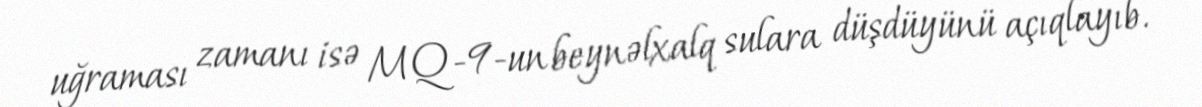
uğraması zamanı isə MQ-9-un beynəlxalq sulara düşdüyünü açıqlayıb.